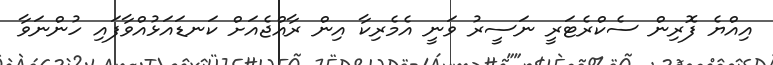
އިއްޔެ ފޮރިން ސެކްރެޓަރީ ނަސީރު ވަނީ އެމެރިކާ އިން ރާއްޖެއަށް ކަނޑައަޅުއްވާފައި ހުންނަވާ